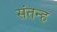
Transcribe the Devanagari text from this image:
संतन्ह